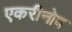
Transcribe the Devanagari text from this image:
एकरीनोव